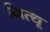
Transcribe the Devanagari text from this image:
मित्थू